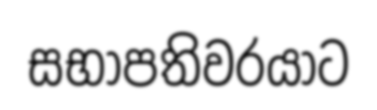
සභාපතිවරයාට